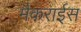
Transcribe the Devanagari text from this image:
मैकराईस